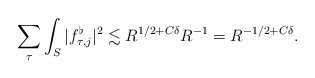
\begin{align*} \sum_{\tau} \int_S |f_{\tau,j}^{\flat}|^2 \lesssim R^{1/2+C\delta} R^{-1} = R^{-1/2+C\delta}.\end{align*}